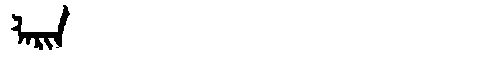
Manchu: ᠯᠠᡵᡳᠨ
Romanization: LARIN